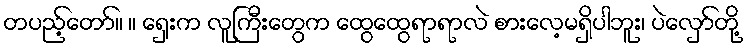
တပည့်တော်။ ။ ရှေးက လူကြီးတွေက ထွေထွေရာရာလဲ စားလေ့မရှိပါဘူး၊ ပဲလှော်တို့